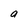
Character: a